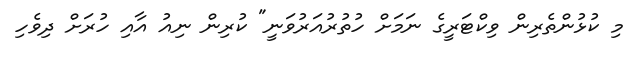
މި ކުޅުންތެރިން ވިކްޓަރީގެ ނަމަށް ހުތުރުއަރުވަނީ" ކުރިން ނިއު އާއި ހުރަށް ދިވެހި